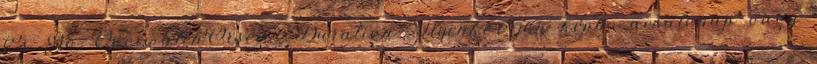
Cs Go OverwatchŐrség Duration: Ilyenkor jön képbe acsalónap vagy